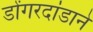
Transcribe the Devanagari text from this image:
डोंगरदांडाने